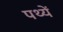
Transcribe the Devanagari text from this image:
पथ्यें